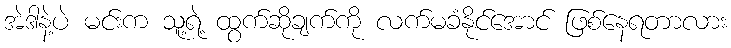
အဲဒါနဲ့ပဲ မင်းက သူ့ရဲ့ ထွက်ဆိုချက်ကို လက်မခံနိုင်အောင် ဖြစ်နေရတာလား